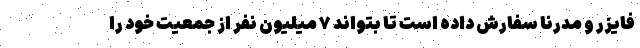
فایزر و مدرنا سفارش داده است تا بتواند ۷ میلیون نفر از جمعیت خود را